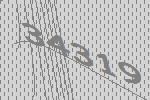
34319